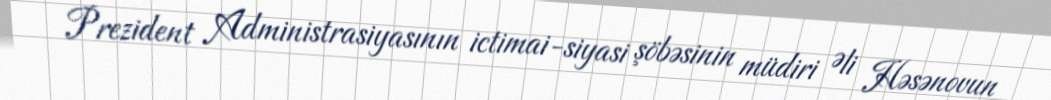
Prezident Administrasiyasının ictimai-siyasi şöbəsinin müdiri Əli Həsənovun